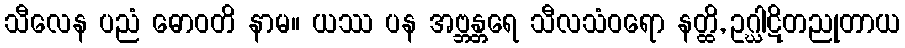
သီလေန ပညံ ဓောဝတိ နာမ။ ယဿ ပန အဗ္ဘန္တရေ သီလသံဝရော နတ္ထိ, ဥဂ္ဃါဋိတညုတာယ